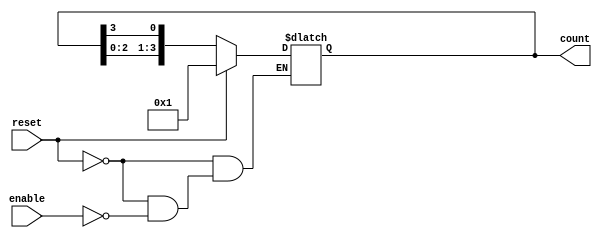
module async_ring_counter (
    input wire reset,        // Asynchronous reset signal
    input wire enable,       // Enable signal for the counter
    output reg [N-1:0] count // Output count (assuming N flip-flops)
);
    parameter N = 4; // Number of flip-flops (you can change this value)

    // Asynchronous reset and counter logic
    always @(*) begin
        if (reset) begin
            count = 1'b1; // Initialize the first flip-flop to 1
        end else if (enable) begin
            count = {count[N-2:0], count[N-1]}; // Shift the high bit
        end
    end

endmodule